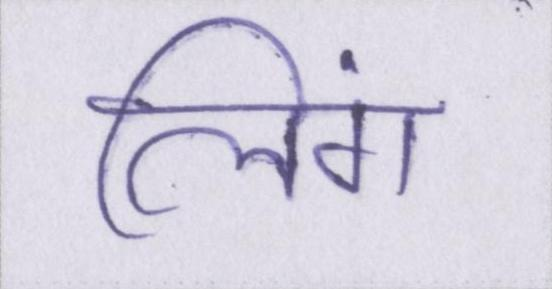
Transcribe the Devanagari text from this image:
लिंग